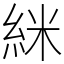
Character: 䋛